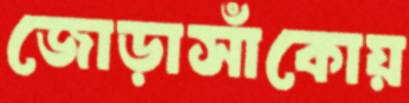
জোড়াসাঁকোয়